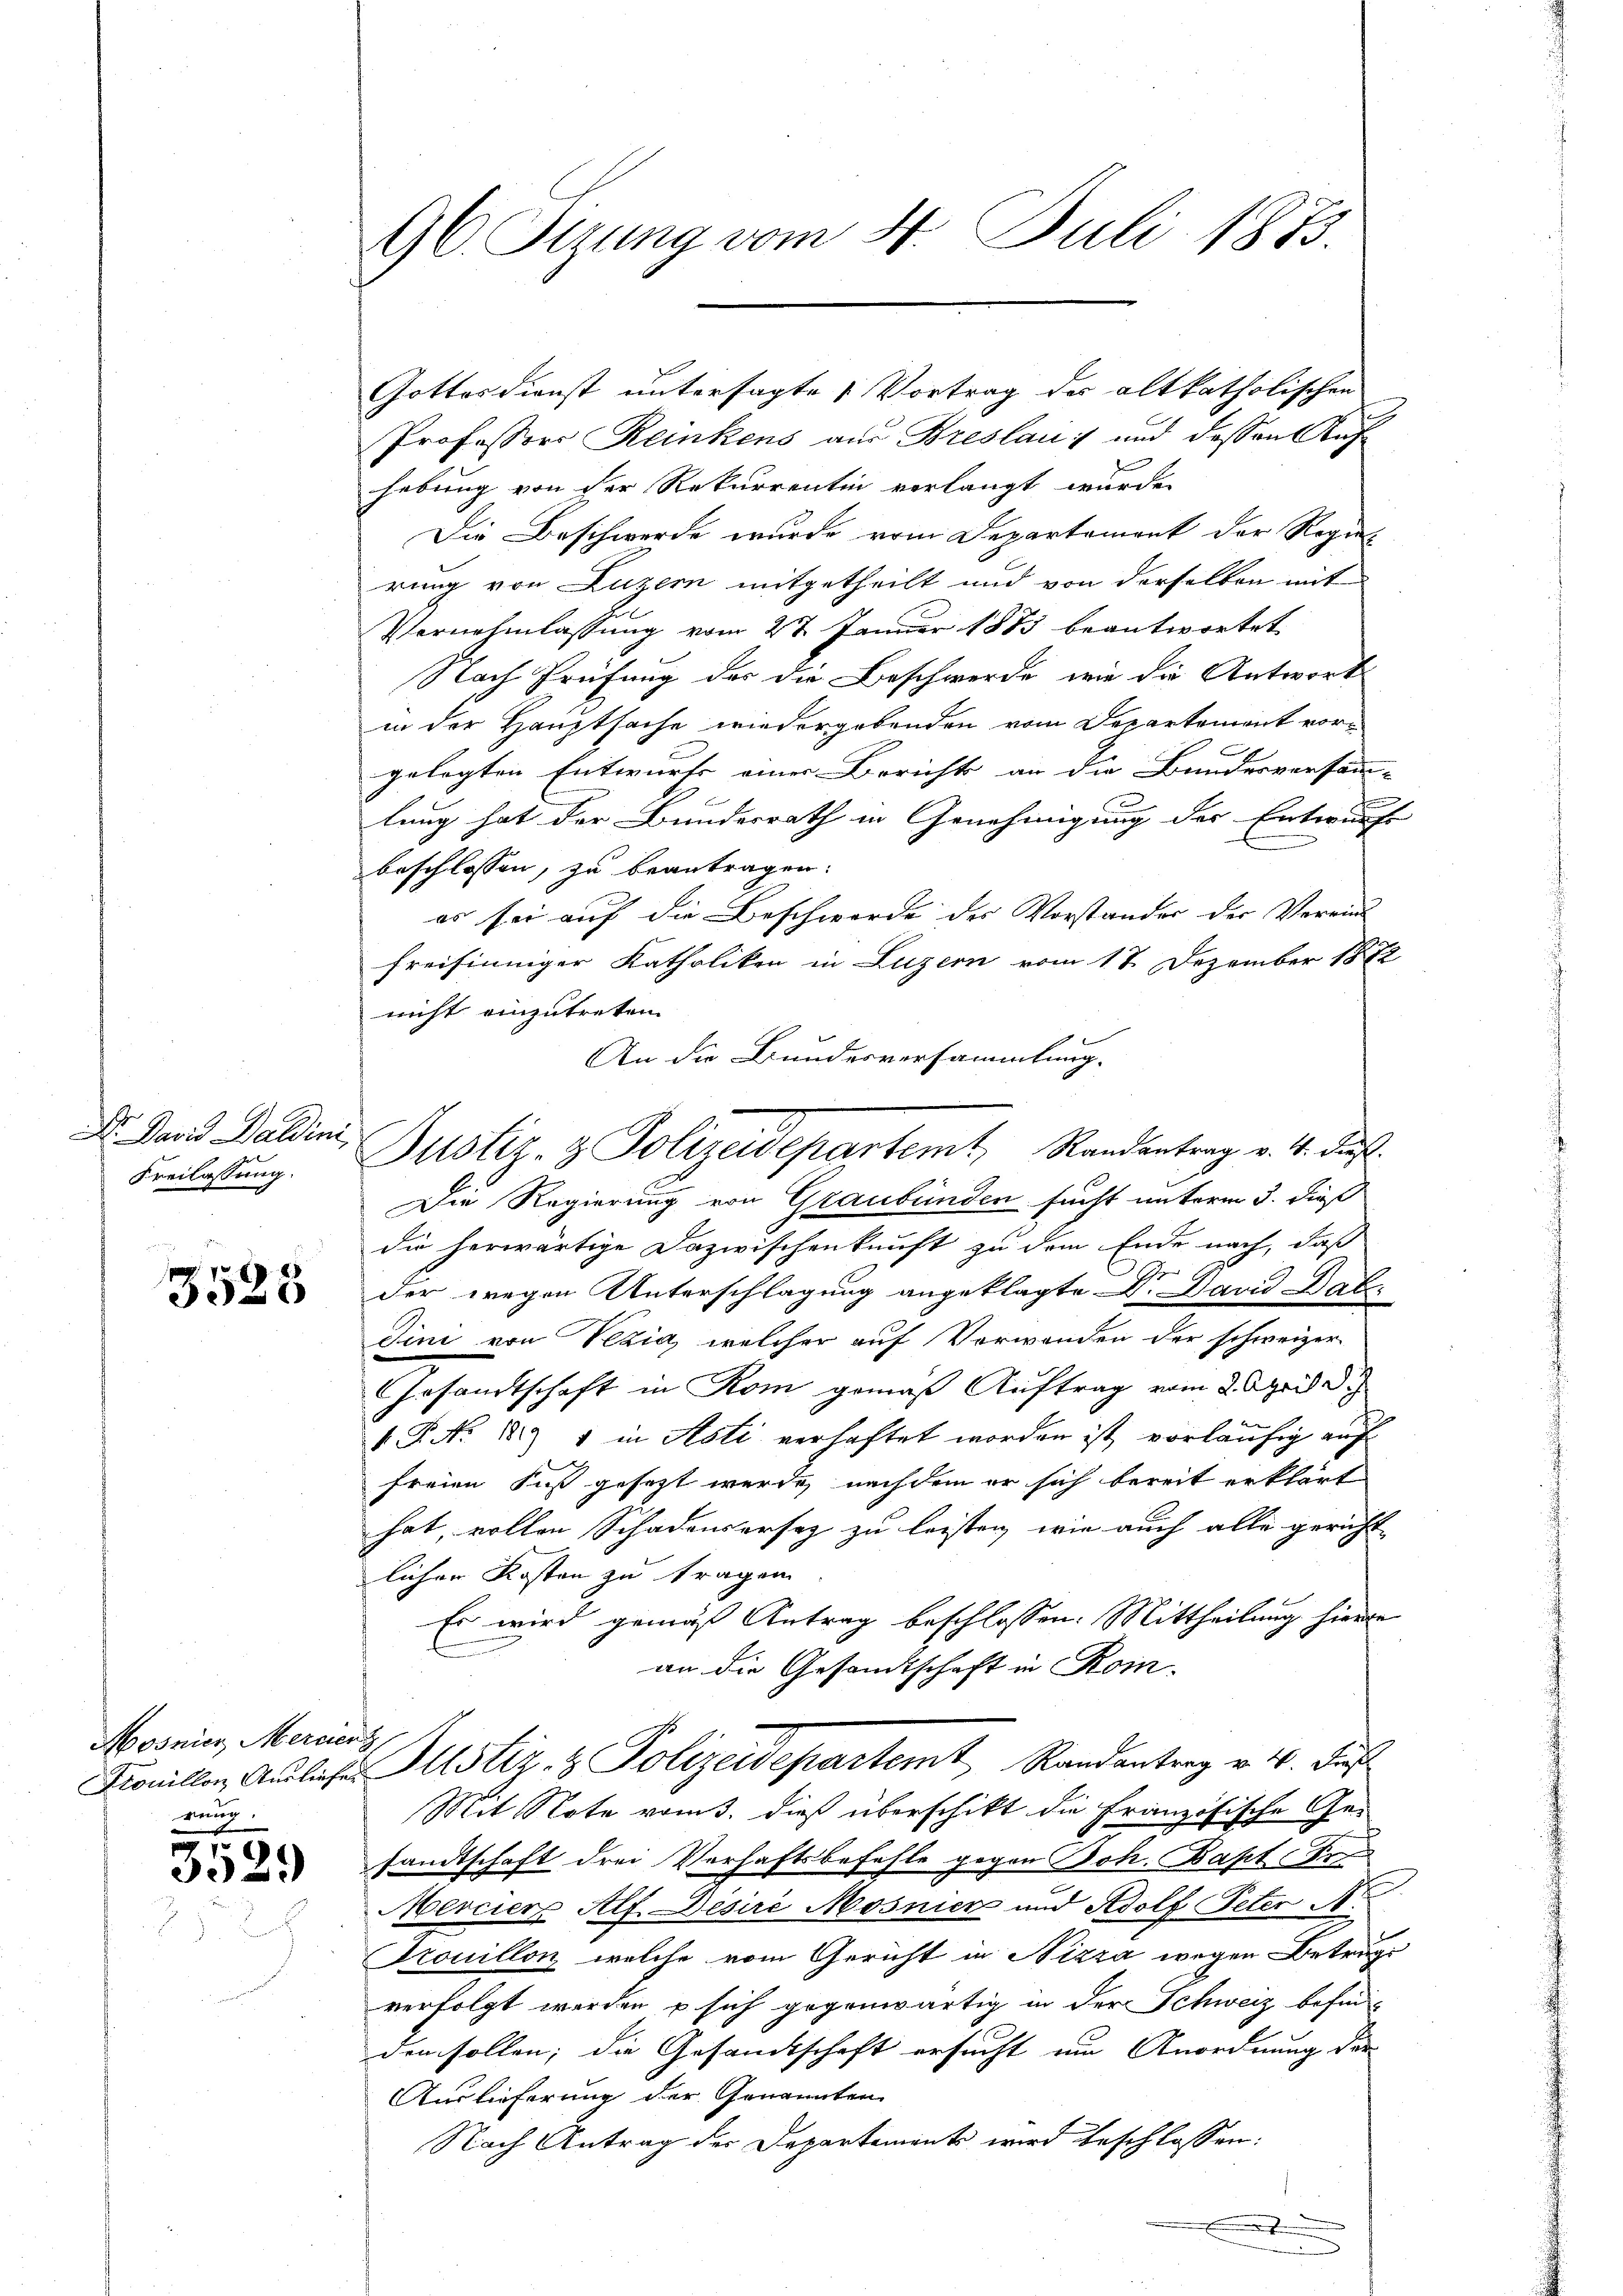
Dr. David Baldini
Freilassung.

3525

Mosnier, Merciert
rung.

s
3029

96. Sizung vom 4. Juli 1873.

Professors Reinkens aus Breslau :/ und dessen Auf
hebung von der Rekurrentin verlangt wurde.
Die Beschwerde wurde vom Departemont der Regie-
rung von Luzern mitgetheilt und von derselben mit
Vernehmlassung vom 27. Januar 1883 beantwortet
Nach Prüfung der die Beschwerde, wie die Antworts
in der Hauptsache wiedergebenden vom Departement vorgelegten Entwurfs einer Berichts an die Bundesversamm-
F
lung hat der Bundesrath in Genehmigung der Entwurfe
beschlossen, zu beantragen.
es sei auf die Beschwerde des Vorstander der Vereins
freisinniger Katholiken in Luzern vom 17. Dezember 1872
nicht einzutreten.
An die Bundesversammlung.
Die Regierung von Graubünden sucht unterm 3. dieß
die herwärtige Dazwischenkunft zu dem Ende nach, daß
der wegen Unterschlagung angeklagte Dr. David Dab
dini von Vezig, welcher auf Vorwanden der schweizer
Gesandtschaft in Rom gemäß Auftrag vom 2. April d.
.P. No. 181) 1 in Asti verhaftet worden ist, vorläufig auf
freien Fuß gesezt wurde, nachdem er sich bereit erklärt
hat, vollen Schadensersatz zu leisten, wie auch alle gericht
lichen Kosten zu tragen.
Es wird gemäß Antrag beschlossen: Mittheilung hierde
an die Gesandtschaft in Rom.
Pionillen, Andlicher Justiz- & Polizeidepartemt Randantrag v. 4. Fu
Mit Note vom 3. dieß überschikt die Französische Ge-
sandtschaft drei Verhaftsbefehle gegen Joh. Bapt Pro
Merciere Alf. Desiré Mosnien und Adolf Peter N
Trouillon, welche vom Gericht in Nizza wegen Betrage
verfolgt werden u sich gegenwärtig in der Schweiz befin-
den sollen; die Gesandtschaft ersucht um Anordnung der
Auslieferung der Genannten
Nach Antrag der Departements wird beschlossen:

Gottesdienst untersagte Vortrag des altkatholischen

Justiz- & Polizeidepartemt, Randantrag v. 4. daß

.